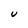
Character: U